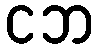
ငဘ